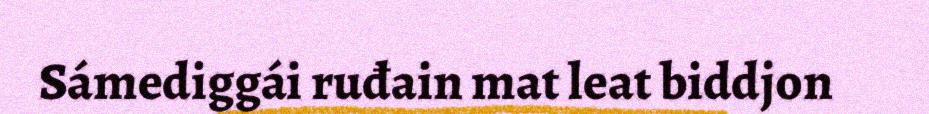
Sámediggái ruđain mat leat biddjon